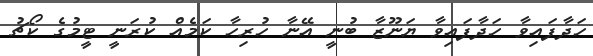
ހަދާފައިވާ ހަދާފައިވާ ޔަނޫޒާ ބުނީ އޭނާ ހުރިހާ ކަމެއް ކުރަނީ ޓީމުގެ ކޯޗު